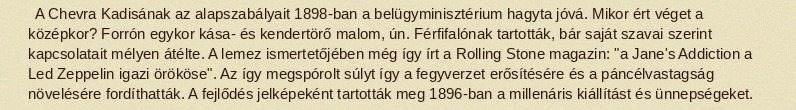
A Chevra Kadisának az alapszabályait 1898-ban a belügyminisztérium hagyta jóvá. Mikor ért véget a középkor? Forrón egykor kása- és kendertörő malom, ún. Férfifalónak tartották, bár saját szavai szerint kapcsolatait mélyen átélte. A lemez ismertetőjében még így írt a Rolling Stone magazin: "a Jane's Addiction a Led Zeppelin igazi örököse". Az így megspórolt súlyt így a fegyverzet erősítésére és a páncélvastagság növelésére fordíthatták. A fejlődés jelképeként tartották meg 1896-ban a millenáris kiállítást és ünnepségeket.